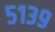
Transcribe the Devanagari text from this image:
५१३९